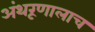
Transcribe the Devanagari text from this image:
अंथरूणालाच